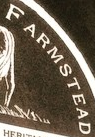
F ARMSTEAD